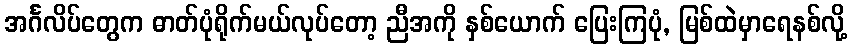
အင်္ဂလိပ်တွေက ဓာတ်ပုံရိုက်မယ်လုပ်တော့ ညီအကို နှစ်ယောက် ပြေးကြပုံ, မြစ်ထဲမှာရေနစ်လို့